Indian journal of veterinary science and animal husbandry - Volumes 15-17, 1948-1951
Year: 1948
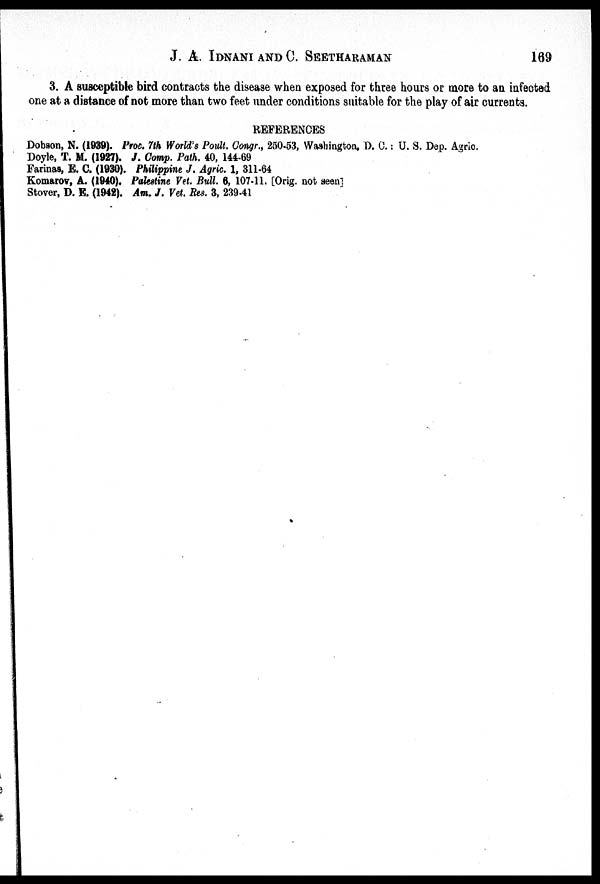
J. A. IDNANI AND C. SEETHARAMAN 169
3. A susceptible bird contracts the disease when exposed for three hours or more to an infected
one at a distance of not more than two feet under conditions suitable for the play of air currents.
REFERENCES
Dobson, N. (1939). Proc. 7th World's Poult. Congr., 250-53, Washington, D. C.: U. S. Dep. Agric.
Doyle, T. M. (1927). J. Comp. Path. 40, 144-69
Farinas, E. C. (1930). Philippine J. Agric. 1, 311-64
Komarov, A. (1940). Palestine Vet. Bull. 6, 107-11. [Orig. not seen]
Stover, D. E. (1942). Am. J. Vet. Res. 3, 239-41